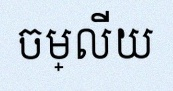
ចម្លើយ